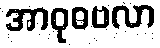
အာဝုဓဗလာ